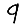
Digit: 9